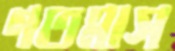
গতমাস